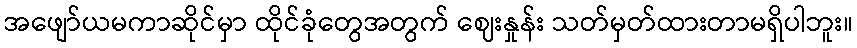
အဖျော်ယမကာဆိုင်မှာ ထိုင်ခုံတွေအတွက် ဈေးနှုန်း သတ်မှတ်ထားတာမရှိပါဘူး။